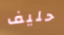
حليف